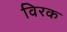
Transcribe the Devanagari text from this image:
विरक